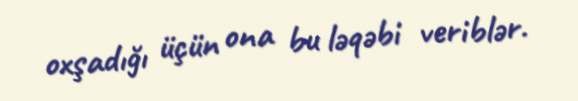
oxşadığı üçün ona bu ləqəbi veriblər.